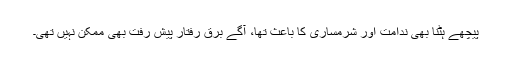
پیچھے ہٹنا بھی ندامت اور شرمساری کا باعث تھا، آگے برق رفتار پیش رفت بھی ممکن نہیں تھی۔